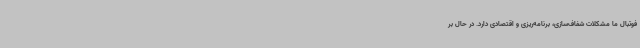
فوتبال ما مشکلات شفاف‌سازی، برنامه‌ریزی و اقتصادی دارد. در حال بر